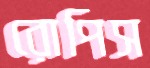
রোপিস